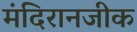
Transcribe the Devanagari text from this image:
मंदिरानजीक